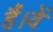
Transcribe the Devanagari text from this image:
हैं।वें